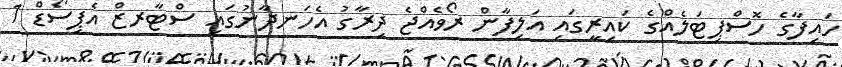
ހައިފާގެ ހޮސްޕިޓަލެއްގެ ކައިރީގައި އަލިފާން ރޯވެއްޖެ ދިރާގު އެހަނދާނުގައި ސްޓާރޒް އެޕިސޯޑް 1